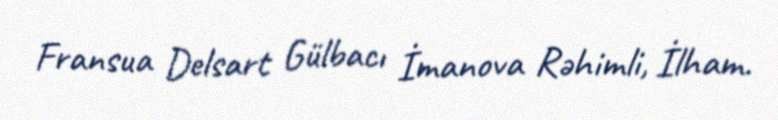
Fransua Delsart Gülbacı İmanova Rəhimli, İlham.